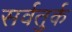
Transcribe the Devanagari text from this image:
सर्वतुर्क